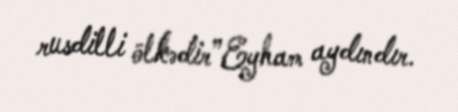
rusdilli ölkədir”Eyham aydındır.